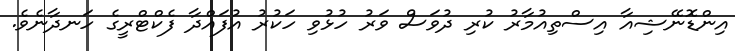
އިންޑޮނޭޝިއާ އިސްތިއުމާރު ކުރި ދުވަސް ވަރު ހުޅުވި ހަކުރު އުފައްދާ ފެކްޓްރީގެ ހަނދާނެވެ.